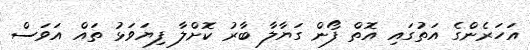
އަހަރެންގެ އަތުގައި އޮތް ފޯން ގަޔާލާ ބާރު ކޮށްލާ ފިޔަވަޅު ތައް އަވަސް